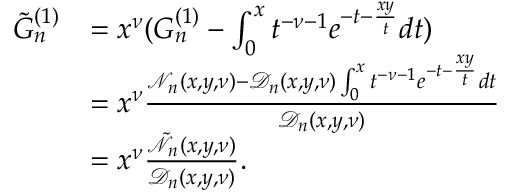
\begin{array} { r l } { \tilde { G } _ { n } ^ { ( 1 ) } } & { = x ^ { \nu } ( G _ { n } ^ { ( 1 ) } - \int _ { 0 } ^ { x } t ^ { - \nu - 1 } e ^ { - t - \frac { x y } { t } } d t ) } \\ & { = x ^ { \nu } \frac { \mathcal { N } _ { n } ( x , y , \nu ) - \mathcal { D } _ { n } ( x , y , \nu ) \int _ { 0 } ^ { x } t ^ { - \nu - 1 } e ^ { - t - \frac { x y } { t } } d t } { \mathcal { D } _ { n } ( x , y , \nu ) } } \\ & { = x ^ { \nu } \frac { \tilde { \mathcal { N } } _ { n } ( x , y , \nu ) } { \mathcal { D } _ { n } ( x , y , \nu ) } . } \end{array}